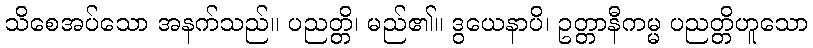
သိစေအပ်သော အနက်သည်။ ပညတ္တိ၊ မည်၏။ ဒွယေနာပိ၊ ဥတ္တာနီကမ္မ ပညတ္တိဟူသော